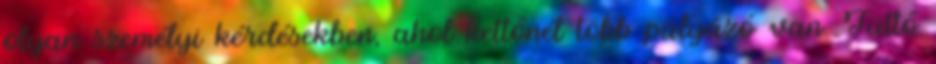
olyan személyi kérdésekben, ahol kettőnél több pályázó van. Tüttő